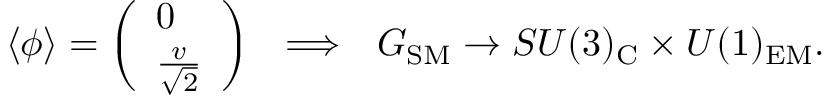
\langle \phi \rangle = \left( \begin{array} { l } { { 0 } } \\ { { { \frac { v } { \sqrt 2 } } } } \end{array} \right) \ \ \Longrightarrow \ \ G _ { \mathrm { S M } } \rightarrow S U ( 3 ) _ { \mathrm { C } } \times U ( 1 ) _ { \mathrm { E M } } .